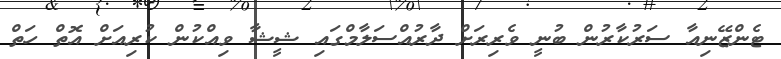
ޓެންޒޭނިއާ ސަރުކާރުން ބުނީ ވެރިރަށް ދާރުއްސަލާމްގައި ޝީޝާ ވިއްކުން ކުރިއަށް އޮތް ހަތް